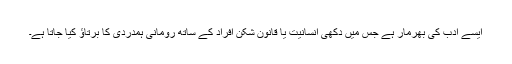
ایسے ادب کی بھرمار ہے جس میں دکھی انسانیت یا قانون شکن افراد کے ساتھ رومانی ہمدردی کا برتاؤ کیا جاتا ہے۔